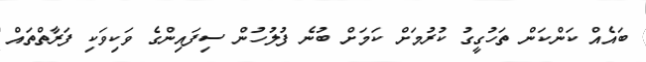
ބައެއް ކަންކަން ތަހުގީގު ކުރުމަށް ކަމަށް ބުނެ ފުލުހުން ސިފައިންގެ ވަކިވަކި ފަރާތްތައް